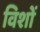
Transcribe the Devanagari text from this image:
विशों